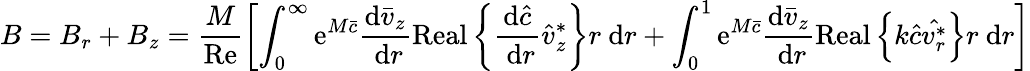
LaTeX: B=B_{r}+B_{z}=\frac{M}{\operatorname{Re}}\left[\int_{0}^{\infty}\mathrm{e}^{M\bar{c}}\frac{\mathrm{d}\bar{v}_{z}}{\mathrm{~d}r}\operatorname{Real}\left\{ \frac{\mathrm{d}\hat{c}}{\mathrm{~d}r}\hat{v}_{z}^{*}\right\} r\mathrm{~d}r+\int_{0}^{1}\mathrm{e}^{M\bar{c}}\frac{\mathrm{d}\bar{v}_{z}}{\mathrm{~d}r}\operatorname{Real}\left\{ k\hat{c}\hat{v_{r}^{*}}\right\} r\mathrm{~d}r\right]